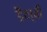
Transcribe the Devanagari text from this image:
डैन्बी